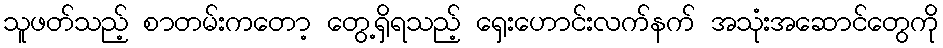
သူဖတ်သည့် စာတမ်းကတော့ တွေ့ရှိရသည့် ရှေးဟောင်းလက်နက် အသုံးအဆောင်တွေကို